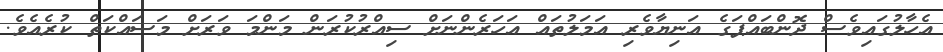
އެހާލުގައިވެސް ދޮންބައްޕަގެ އަނިޔާވެރި އަމަލުތައް އަހަރެންނަށް ސިއްރުކުރަން މަންމަ ވަރަށް މަސައްކަތް ކުރެއެވެ.